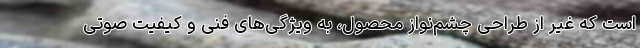
است که غیر از طراحی چشم‌نواز محصول، به ویژگی‌های فنی و کیفیت صوتی